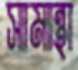
সামান্থা